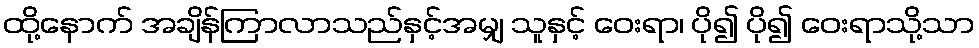
ထို့နောက် အချိန်ကြာလာသည်နှင့်အမျှ သူနှင့် ဝေးရာ၊ ပို၍ ပို၍ ဝေးရာသို့သာ